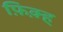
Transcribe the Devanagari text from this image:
फ़िक़्ह्